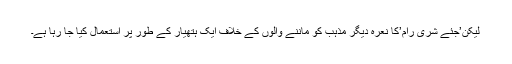
لیکن’جئے شری رام’کا نعرہ دیگر مذہب کو ماننے والوں کے خلاف ایک ہتھیار کے طور پر استعمال کیا جا رہا ہے۔